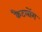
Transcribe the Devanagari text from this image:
कैटलोंग